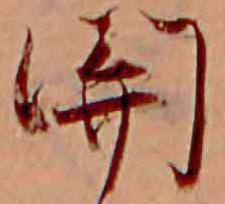
関